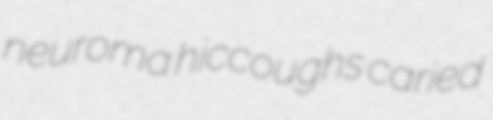
neuroma hiccoughs caried